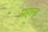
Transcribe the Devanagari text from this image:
महान्‌।